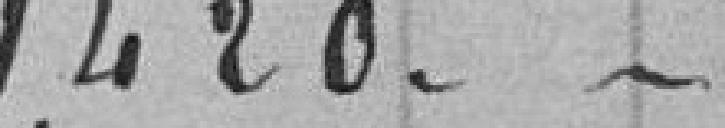
1420."